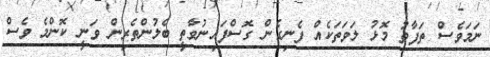
ނަމަވެސް ތަފާތު މޮޅު ލަވަތަކެއް ފެނިގެން ގޮސްފައިނުވާތީ ބެލުންތެރިން ވަނީ ކޮންމެ ވެސް